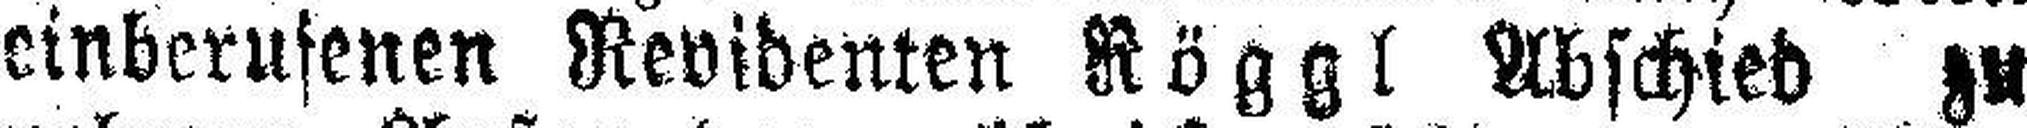
einberufenen Revidenten Köggl Abschied zu